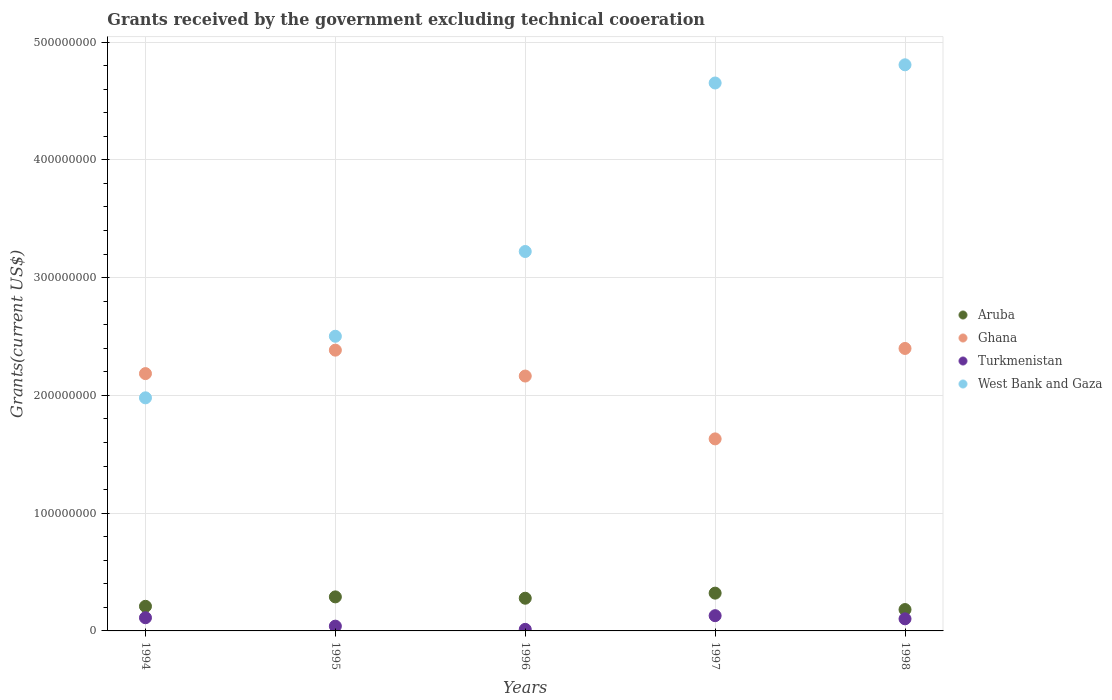
| Years | Aruba | Ghana | Turkmenistan | West Bank and Gaza |
 | --- | --- | --- | --- | --- |
 | 1994 | 2.09e+07 | 2.18e+08 | 1.12e+07 | 1.98e+08 |
 | 1995 | 2.89e+07 | 2.38e+08 | 4.05e+06 | 2.5e+08 |
 | 1996 | 2.78e+07 | 2.16e+08 | 1.32e+06 | 3.22e+08 |
 | 1997 | 3.21e+07 | 1.63e+08 | 1.29e+07 | 4.65e+08 |
 | 1998 | 1.81e+07 | 2.4e+08 | 1.03e+07 | 4.81e+08 |